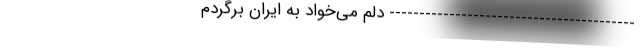
----------------------------------------- دلم می‌خواد به ایران برگردم